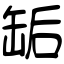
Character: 缿